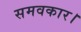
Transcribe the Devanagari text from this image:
समवकार।